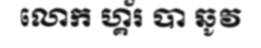
លោក ហ្គ័រ បា ឆូវ